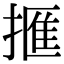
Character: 㨤